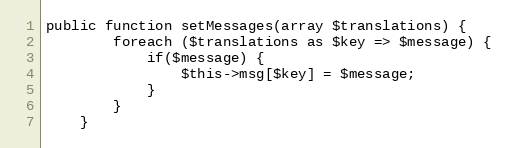
Language: PHP
public function setMessages(array $translations) {
		foreach ($translations as $key => $message) {
			if($message) {
				$this->msg[$key] = $message;
			}
		}
	}